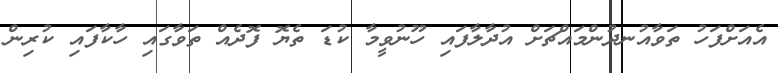
އެއަށްފަހު ތަވާއުނދުންމައްޗަށް އުދާލާފައި ހޫނުވީމާ ކުޑަ ތެޔޮ ފޮދެއް ތަވާގައި ހާކާފައި ކުރިން